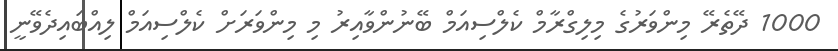
1000 ދޭތެރޭ މިންވަރުގެ މިލިގްރާމް ކެލްސިއަމް ބޭނުންވާއިރު މި މިންވަރަށް ކެލްސިއަމް ލިއްބައިދެވޭނީ